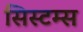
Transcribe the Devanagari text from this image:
सिस्टम्स